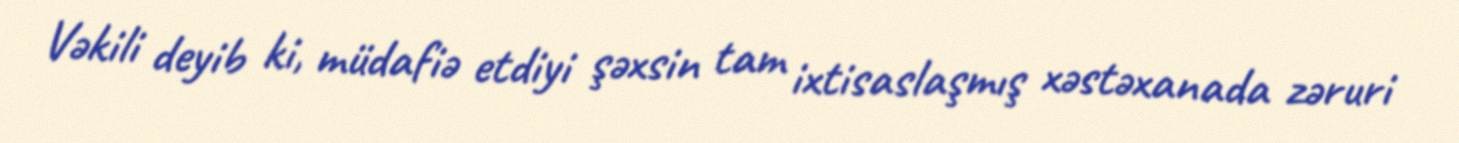
Vəkili deyib ki, müdafiə etdiyi şəxsin tam ixtisaslaşmış xəstəxanada zəruri